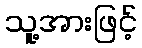
သူ့အားဖြင့်